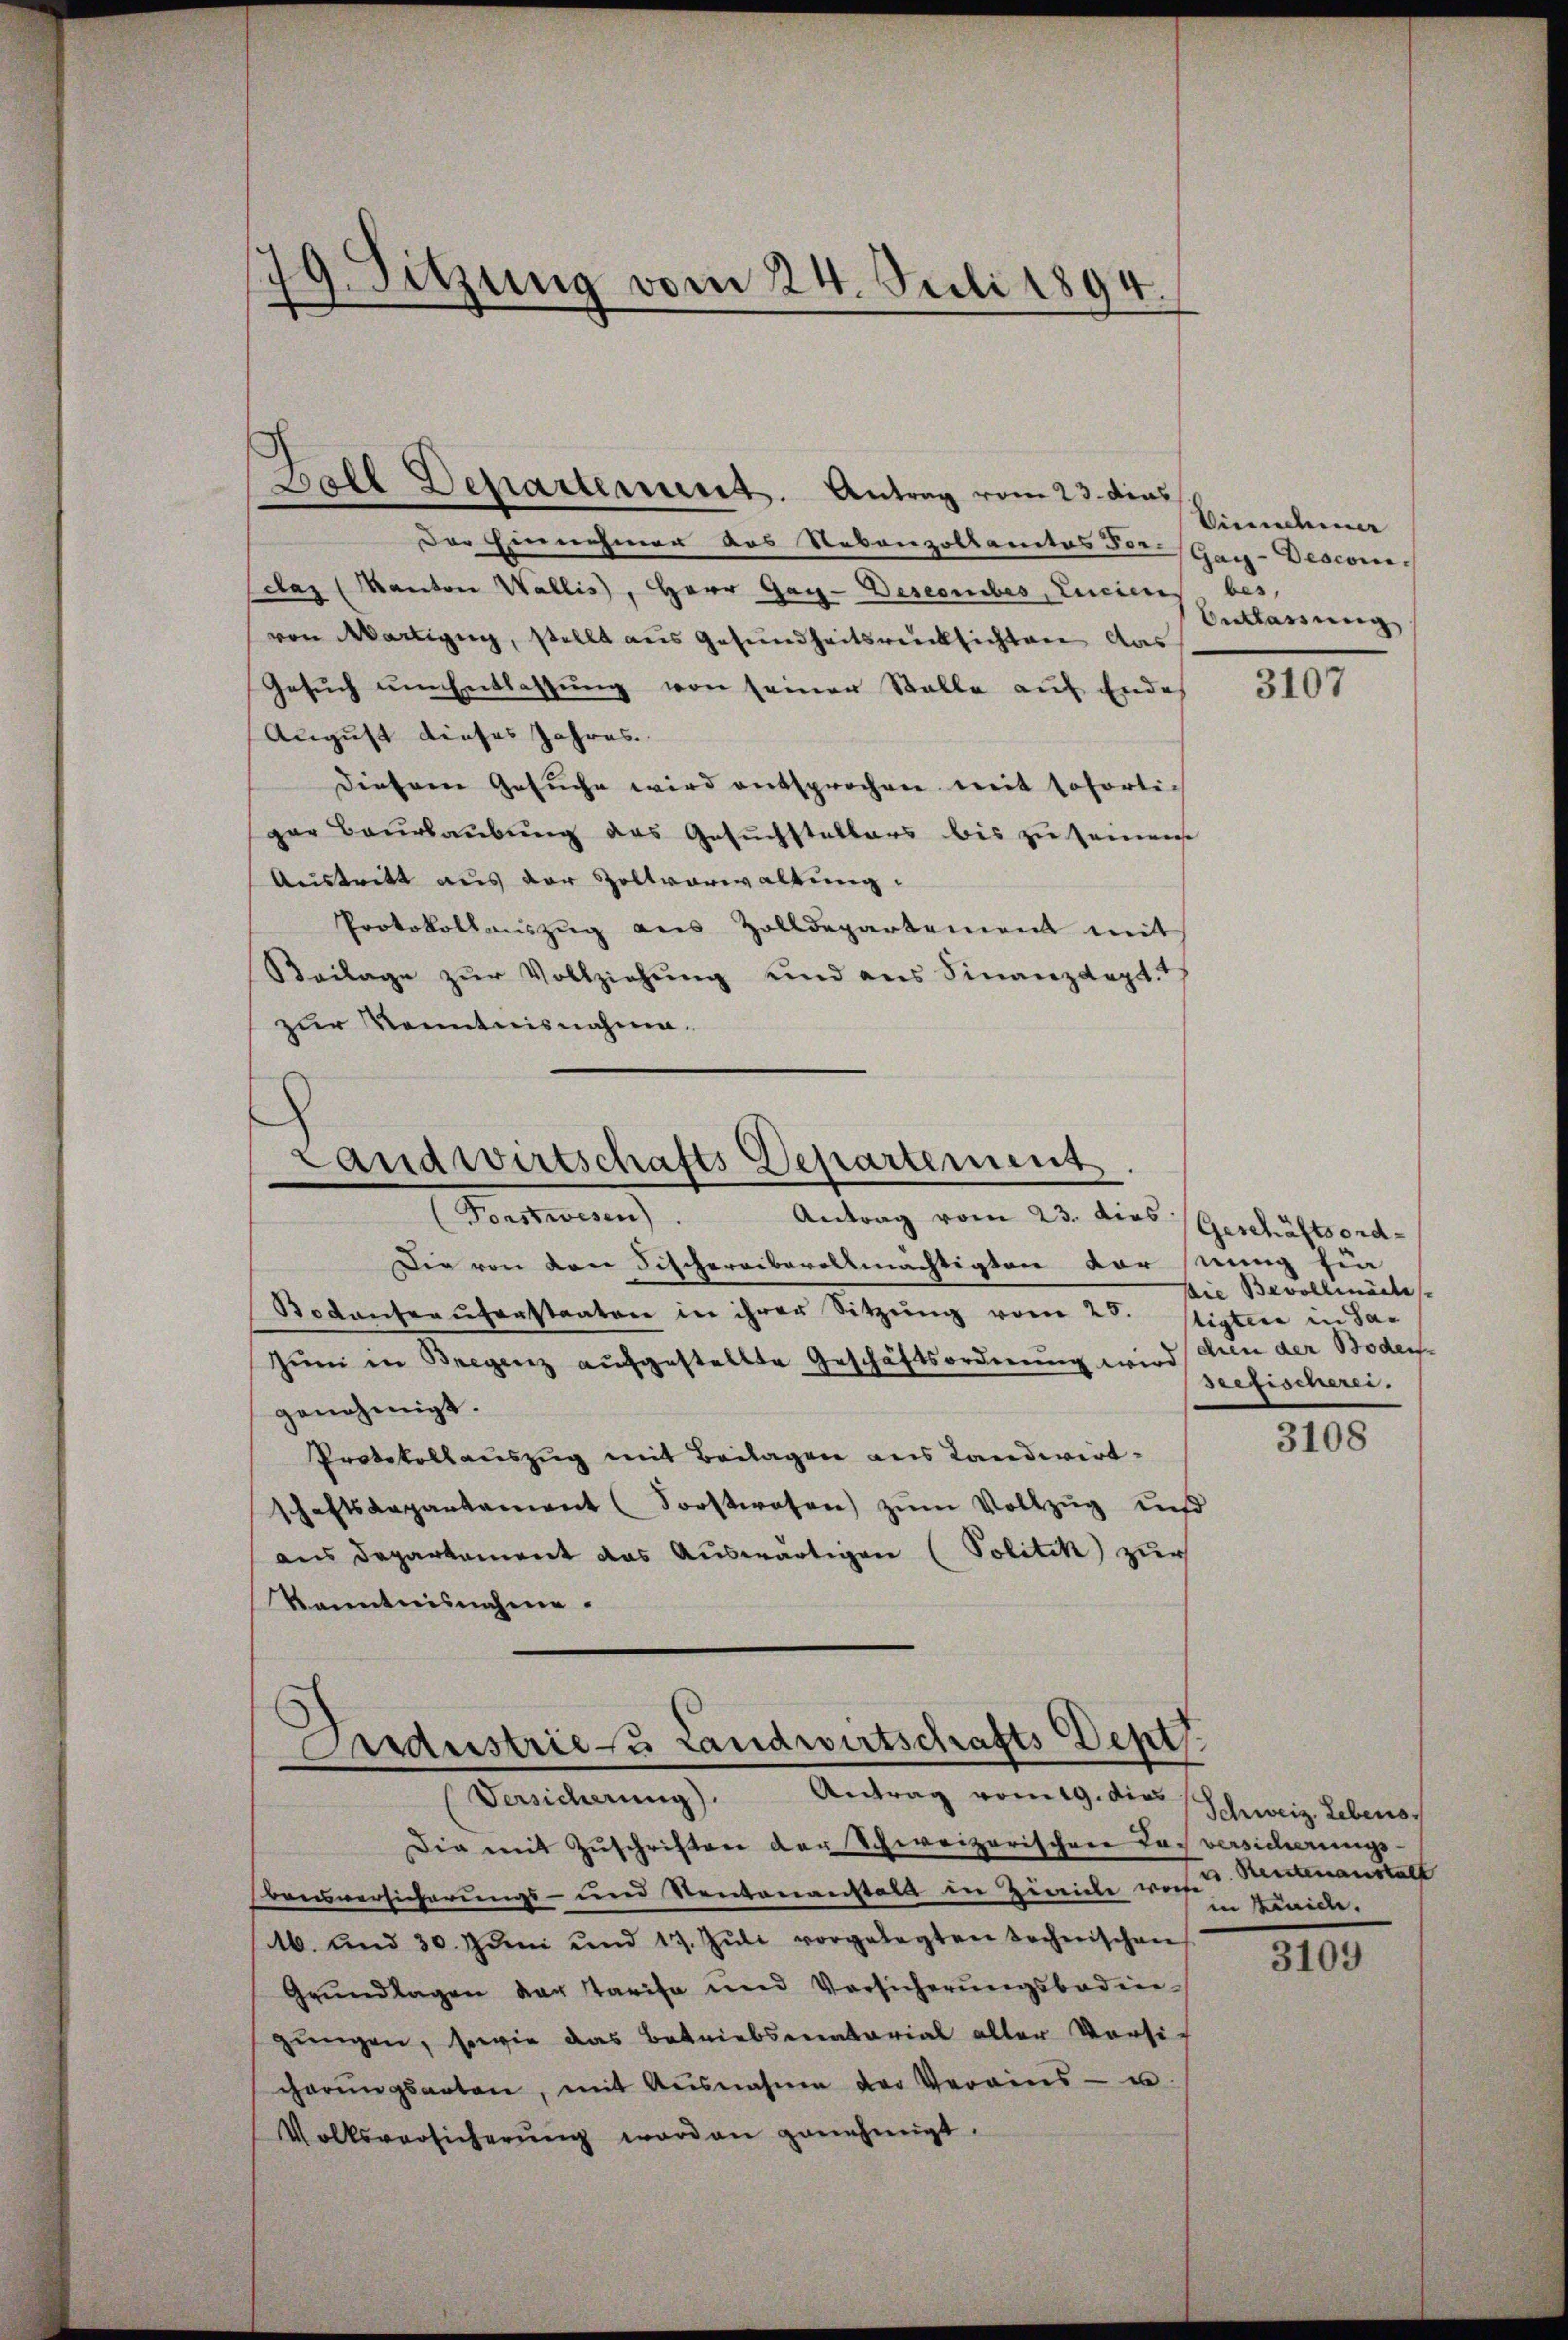
.
 Sitzung vom 24. Juli 1894.

Ball Departement. Antrag vom 23. dies
Der Einnehmer das Nebenzollantes Por.(Gag-Desconi-
daz (Kanton Wallis, Herr Gag-Desecmibes, Luciares, bes
von Martigung, stellt aus Gesundheitsrücksichten das
Gesŭch um Entlassung von seiner Stalle auf Ende
August dieses Jahres
Diesem Gesuche wird entsprochen mit sohörlich
gar Baŭrlaŭbŭng des Gesŭchstellers bis zu seinens
Austritt aus der Zollverwaltung
Protokollauszug aus Zolldepartement mit
Beilage zur Vollziehung und aus Finanzdept.
zur Kenntnisnahme.

Die von von Fischereiberollmächtigten vor stung fin
Botantrauferstaaten in ihrer Sitzung vom 25. Septere in Sa¬
Zŭm in Bregenz aufgestellte Geschäftsordnung wird ihren der Boden
genehmigt.
Protokollauszug mit Beilagen aus Landwirt-
schaftsdepartament (Forstwesen zŭm Vollzug und
aus Departement das Auswärtigen (Politik zur
Kenntnisnahme.

Landwirtschafts Departement.
Beteilung
Antrag vom 23. dies (Geschäftsord¬

Andustrie u Landwirtschafts Dept.
Antrag vom 19. dies
Versicherung)

Die mit Zŭschriften der Schweizerischere Taversicherungs-
Bausversicherungs- und Rentenanstalt in Zinicke ware
6. und 30. Juni und 17. Jŭli vorgelegten Technischen
Grŭndlagen der Tarife und Versicherŭngsboden-
gungen, sowie das Betriebsmnatarial aller Versi-
cherŭngsarten, mit Ausnahme der Verains- u.
Volksversicherŭng worden genehmigt.

Einnehmer
Entlassung

3107

Die Bevollmäde
Geefischerei.

3108

Schweiz. Lebens.
es Rentenanstalt
in Zürich.

3109